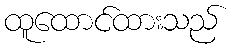
ထူထောင်ထားသည်